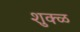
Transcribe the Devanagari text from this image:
शुक्ळ